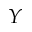
Y